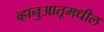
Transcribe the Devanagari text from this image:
व्हानुआतूमधील